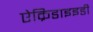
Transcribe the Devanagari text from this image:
ऐक्रिडाइइडी